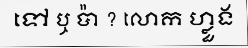
ទៅ ឬ ប៉ា ? លោក ហ្លួង